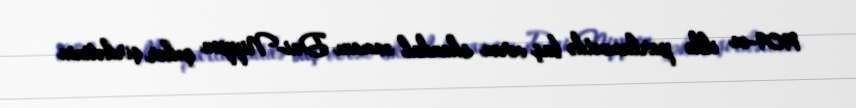
1909-cu ildə parlamentdə baş verən skandal zamanı Dai-Nippon şəkər şirkətinin